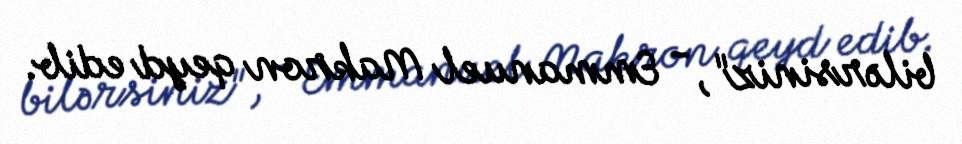
bilərsiniz", - Emmanuel Makron qeyd edib.